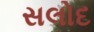
સલોદ